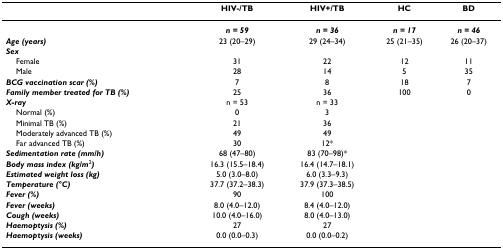
|  | HIV-/TB | HIV+/TB | HC | BD |
 | --- | --- | --- | --- | --- |
 |  | n = 59 | n = 36 | n = 17 | n = 46 |
 | Age (years) | 23 (20–29) | 29 (24–34) | 25 (21–35) | 26 (20–37) |
 | Sex |  |  |  |  |
 | Female | 31 | 22 | 12 | 11 |
 | Male | 28 | 14 | 5 | 35 |
 | BCG vaccination scar (%) | 7 | 8 | 18 | 7 |
 | Family member treated for TB (%) | 25 | 36 | 100 | 0 |
 | X-ray | n = 53 | n = 33 |  |  |
 | Normal (%) | 0 | 3 |  |  |
 | Minimal TB (%) | 21 | 36 |  |  |
 | Moderately advanced TB (%) | 49 | 49 |  |  |
 | Far advanced TB (%) | 30 | 12* |  |  |
 | Sedimentation rate (mm/h) | 68 (47–80) | 83 (70–98)* |  |  |
 | Body mass index (kg/m2) | 16.3 (15.5–18.4) | 16.4 (14.7–18.1) |  |  |
 | Estimated weight loss (kg) | 5.0 (3.0–8.0) | 6.0 (3.3–9.3) |  |  |
 | Temperature (°C) | 37.7 (37.2–38.3) | 37.9 (37.3–38.5) |  |  |
 | Fever (%) | 90 | 100 |  |  |
 | Fever (weeks) | 8.0 (4.0–12.0) | 8.4 (4.0–12.0) |  |  |
 | Cough (weeks) | 10.0 (4.0–16.0) | 8.0 (4.0–13.0) |  |  |
 | Haemoptysis (%) | 27 | 27 |  |  |
 | Haemoptysis (weeks) | 0.0 (0.0–0.3) | 0.0 (0.0–0.2) |  |  |